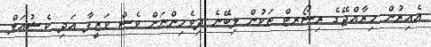
އެއިރުން މިރާއްޖޭގެ ރިސޯރޓް ތަކުން ލިބޭނެ ދިވެހިންނަށް ވެސް ވަޒީފާ އަދި ކެޝުއަލް